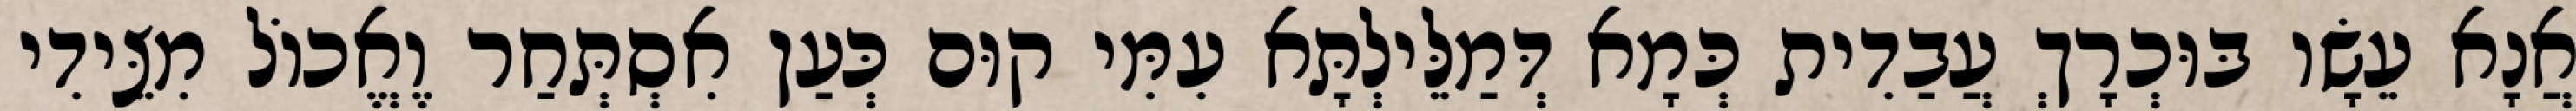
אֲנָא עֵשָׂו בּוּכְרָךְ עֲבַדִית כְּמָא דְּמַלֵּילְתָּא עִמִּי קוּם כְּעַן אִסְתְּחַר וֶאֱכוֹל מִצֵּידִי